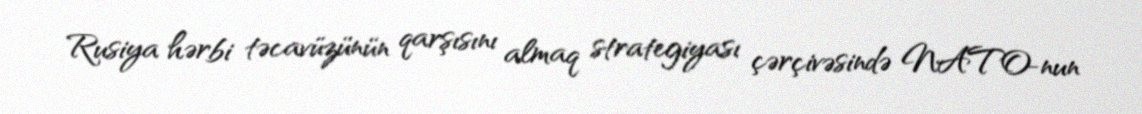
Rusiya hərbi təcavüzünün qarşısını almaq strategiyası çərçivəsində NATO-nun